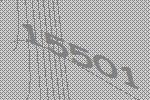
15501